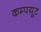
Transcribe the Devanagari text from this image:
कम्पयूट